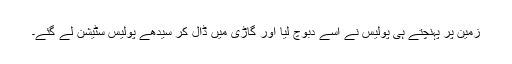
زمین پر پہنچتے ہی پولیس نے اسے دبوچ لیا اور گاڑی میں ڈال کر سیدھے پولیس سٹیشن لے گئے۔